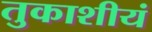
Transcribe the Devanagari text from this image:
तुकाशीयं